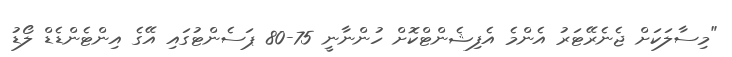
"މިސާލަކަށް ޖެނެރޭޓަރު އެންމެ އެފިޝެންޓްކޮށް ހުންނާނީ 75-80 ޕަސެންޓުގައި އޭގެ އިންޓެންޑެޑް ލޯޑު